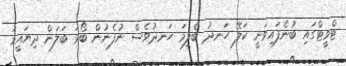
ޓްވީޓްގައި ބުނެފައިވަނީ ކަލޭ ހަނދު ބެލީމަ ހަނދުވެސް ނުފެނުން ބޯޅަ ބަލަން ދިޔައީމަ